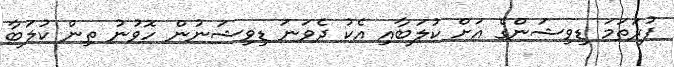
ފުރަތަމަ ޑިވިޝަންގެ އަށް ކުލަބާއި އެކު ދެވަނަ ޑިވިޝަނުން ހޮވުނު ތިން ކުލަބާ